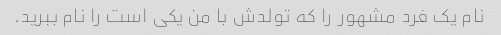
نام یک فرد مشهور را که تولدش با من یکی است را نام ببرید.